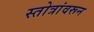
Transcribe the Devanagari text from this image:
स्तोत्रांवरून